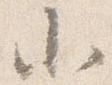
小